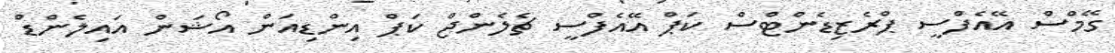
ގޭމްސް އޭއެފްސީ ޕްރެޒިޑެންޓްސް ކަޕް އޭއެފްސީ ޗެލެންޖް ކަޕް އިންޑިއަން އޯޝަން އައިލެންޑް